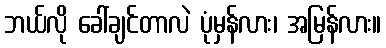
ဘယ်လို ခေါ်ချင်တာလဲ ပုံမှန်လား၊ အမြန်လား။